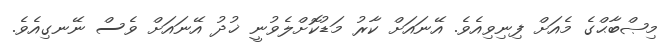
މިޞްބާޙްގެ މެއަށް ފިނިވިއެވެ. އޭނައަށް ކާރު މަޑުކޮށްލެވުނީ ޚުދު އޭނައަށް ވެސް ނޭނގިއެވެ.